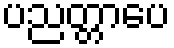
ပညတ္တာပေ